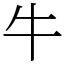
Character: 牛